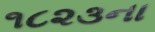
૧૮૨૩ના